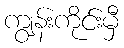
ကျွန်းကိုင်းမှီ